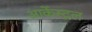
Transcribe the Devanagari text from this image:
आर्केस्ट्रल